Punjab Mental Hospital Lahore 1932-46 - 1932-1946
Year: 1932
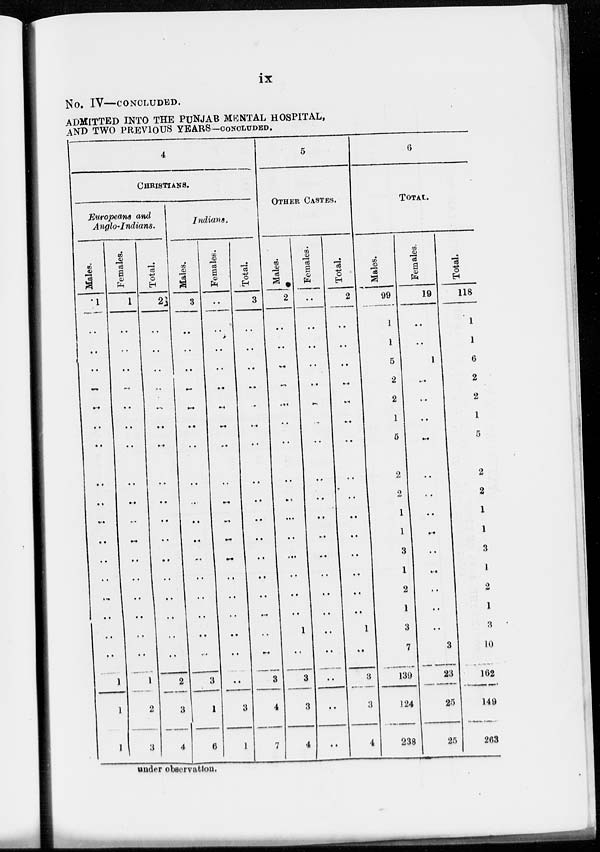
ix
No. IV—CONCLUDED.
ADMITTED INTO THE PUNJAB MENTAL HOSPITAL,
AND TWO PREVIOUS YEARS-CONCLUDED.
4
CHRISTIANS.
Europeans and
Anglo-Indians.
Males.
1
..
..
..
..
..
..
..
..
..
..
..
..
..
..
..
..
..
1
1
1
Females.
1
..
..
..
..
..
..
..
..
..
..
..
..
..
..
..
..
..
1
2
3
Total.
2
..
..
..
..
..
..
..
..
..
..
..
..
..
..
..
..
..
2
3
4
Indians.
Males.
3
..
..
..
..
..
..
..
..
..
..
..
..
..
..
..
..
..
3
1
6
Females.
..
..
..
..
..
..
..
..
..
..
..
..
..
..
..
..
..
..
..
3
1
Total.
3
..
..
..
..
..
..
..
..
..
..
..
..
..
..
..
..
..
3
4
7
5
OTHER CASTES.
Males.
2
..
..
..
..
..
..
..
..
..
..
..
..
..
..
..
1
..
3
3
4
Females.
..
..
..
..
..
..
..
..
..
..
..
..
..
..
..
..
..
..
..
..
..
Total.
2
..
..
..
..
..
..
..
..
..
..
..
..
..
..
..
1
..
3
3
4
6
TOTAL.
Males.
99
1
1
5
2
2
1
5
2
2
1
1
3
1
2
1
3
7
139
124
238
Females.
19
..
..
1
..
..
..
..
..
..
..
..
..
..
..
..
..
3
23
25
25
Total.
118
1
1
6
2
2
1
5
2
2
1
1
3
1
2
1
3
10
162
149
263
under observation.